system: You are a helpful assistant.
user:
Analyze the provided spectrum to determine if it is a **Carbon Star (C-type)**.

- **Key Visual Indicators of Carbon Star:**
    - **(Primary):** Strong molecular absorption from **C₂ (diatomic carbon) "Swan Bands."** This is the **defining feature** of a carbon star.
        - **(Key Bandheads):** Sharp absorption edges are visible at approximately $5635$ Å, $5165$ Å (the strongest band), and $4737$ Å.
        - **(Line Profile):** Creates a distinct **"saw-tooth"** pattern. The key morphology is a sharp, steep bandhead on the **red (long-wavelength) side**, which then gradually tapers off (i.e., flux recovers) towards the **blue (short-wavelength) side**. *(This is the direct opposite of the TiO bands seen in M-type stars)*.

    - **(Secondary):** Intense **CN (cyanogen)** molecular absorption bands.
        - **(Key Bandheads):** Located in the blue and violet regions of the spectrum (e.g., near $4215$ Å and $3883$ Å).
        - **(Morphology):** These bands are extremely broad and act as a "blanket," absorbing the vast majority of blue and violet light. This creates a characteristic **"cliff"** or **"steep drop-off"** in the spectrum's flux at short wavelengths.

    - **(Key Confirmation):** Strong **CH absorption band (G-band)**.
        - **(Key Bandhead):** Located around $4300$ Å. The contribution from CH molecules to this band is exceptionally strong.

    - **(Overall Spectrum):**
        - The continuum is severely "chopped up" by these deep molecular bands, especially C₂, rather than appearing as a smooth curve.
        - Due to the heavy CN and C₂ absorption in the blue-green, the vast majority of the star's flux is concentrated in the red part of the spectrum, giving the star its characteristic deep red color.

Think first, call **spectral_visualization_tool** if needed to examine features in detail, then provide your final answer. Your response must adhere to the following strict rules:
1.  **Overall Structure:** Your response must follow the format `<think>...</think> <tool_call>...</tool_call> (if a tool is used) <answer>...</answer>`.
2.  **Tool Usage Constraint:** You may only make **one** tool call per turn.
3.  **Final Answer Format:** In the `<answer>` tag, your conclusion must be inside a `\boxed{}` command (e.g., `\boxed{YES}`), followed by your justification.

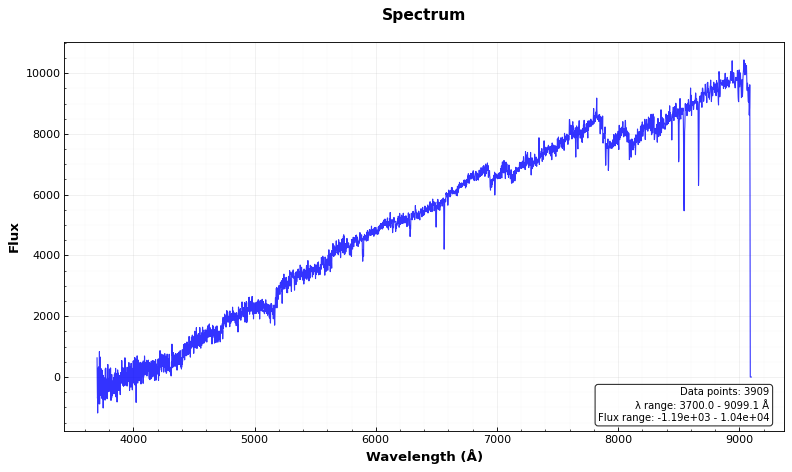
Answer: YES